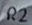
Text: R2